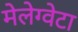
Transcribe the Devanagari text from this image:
मेलेग्वेटा